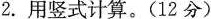
2.用竖式计算。(12分)